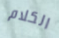
الكلام